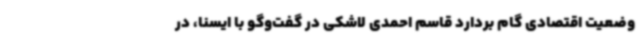
وضعیت اقتصادی گام بردارد قاسم احمدی لاشکی در گفت‌وگو با ایسنا، در